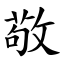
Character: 敬